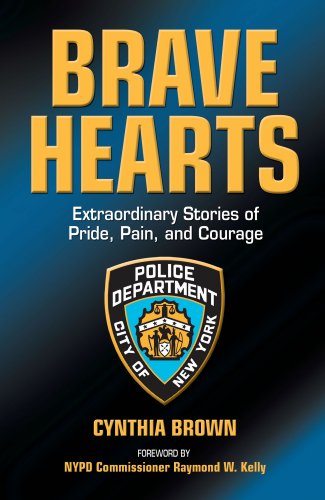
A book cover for Brave Hearts: Extraordinary Stories of Pride, Pain and Courage; Cynthia Brown; Biographies & Memoirs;